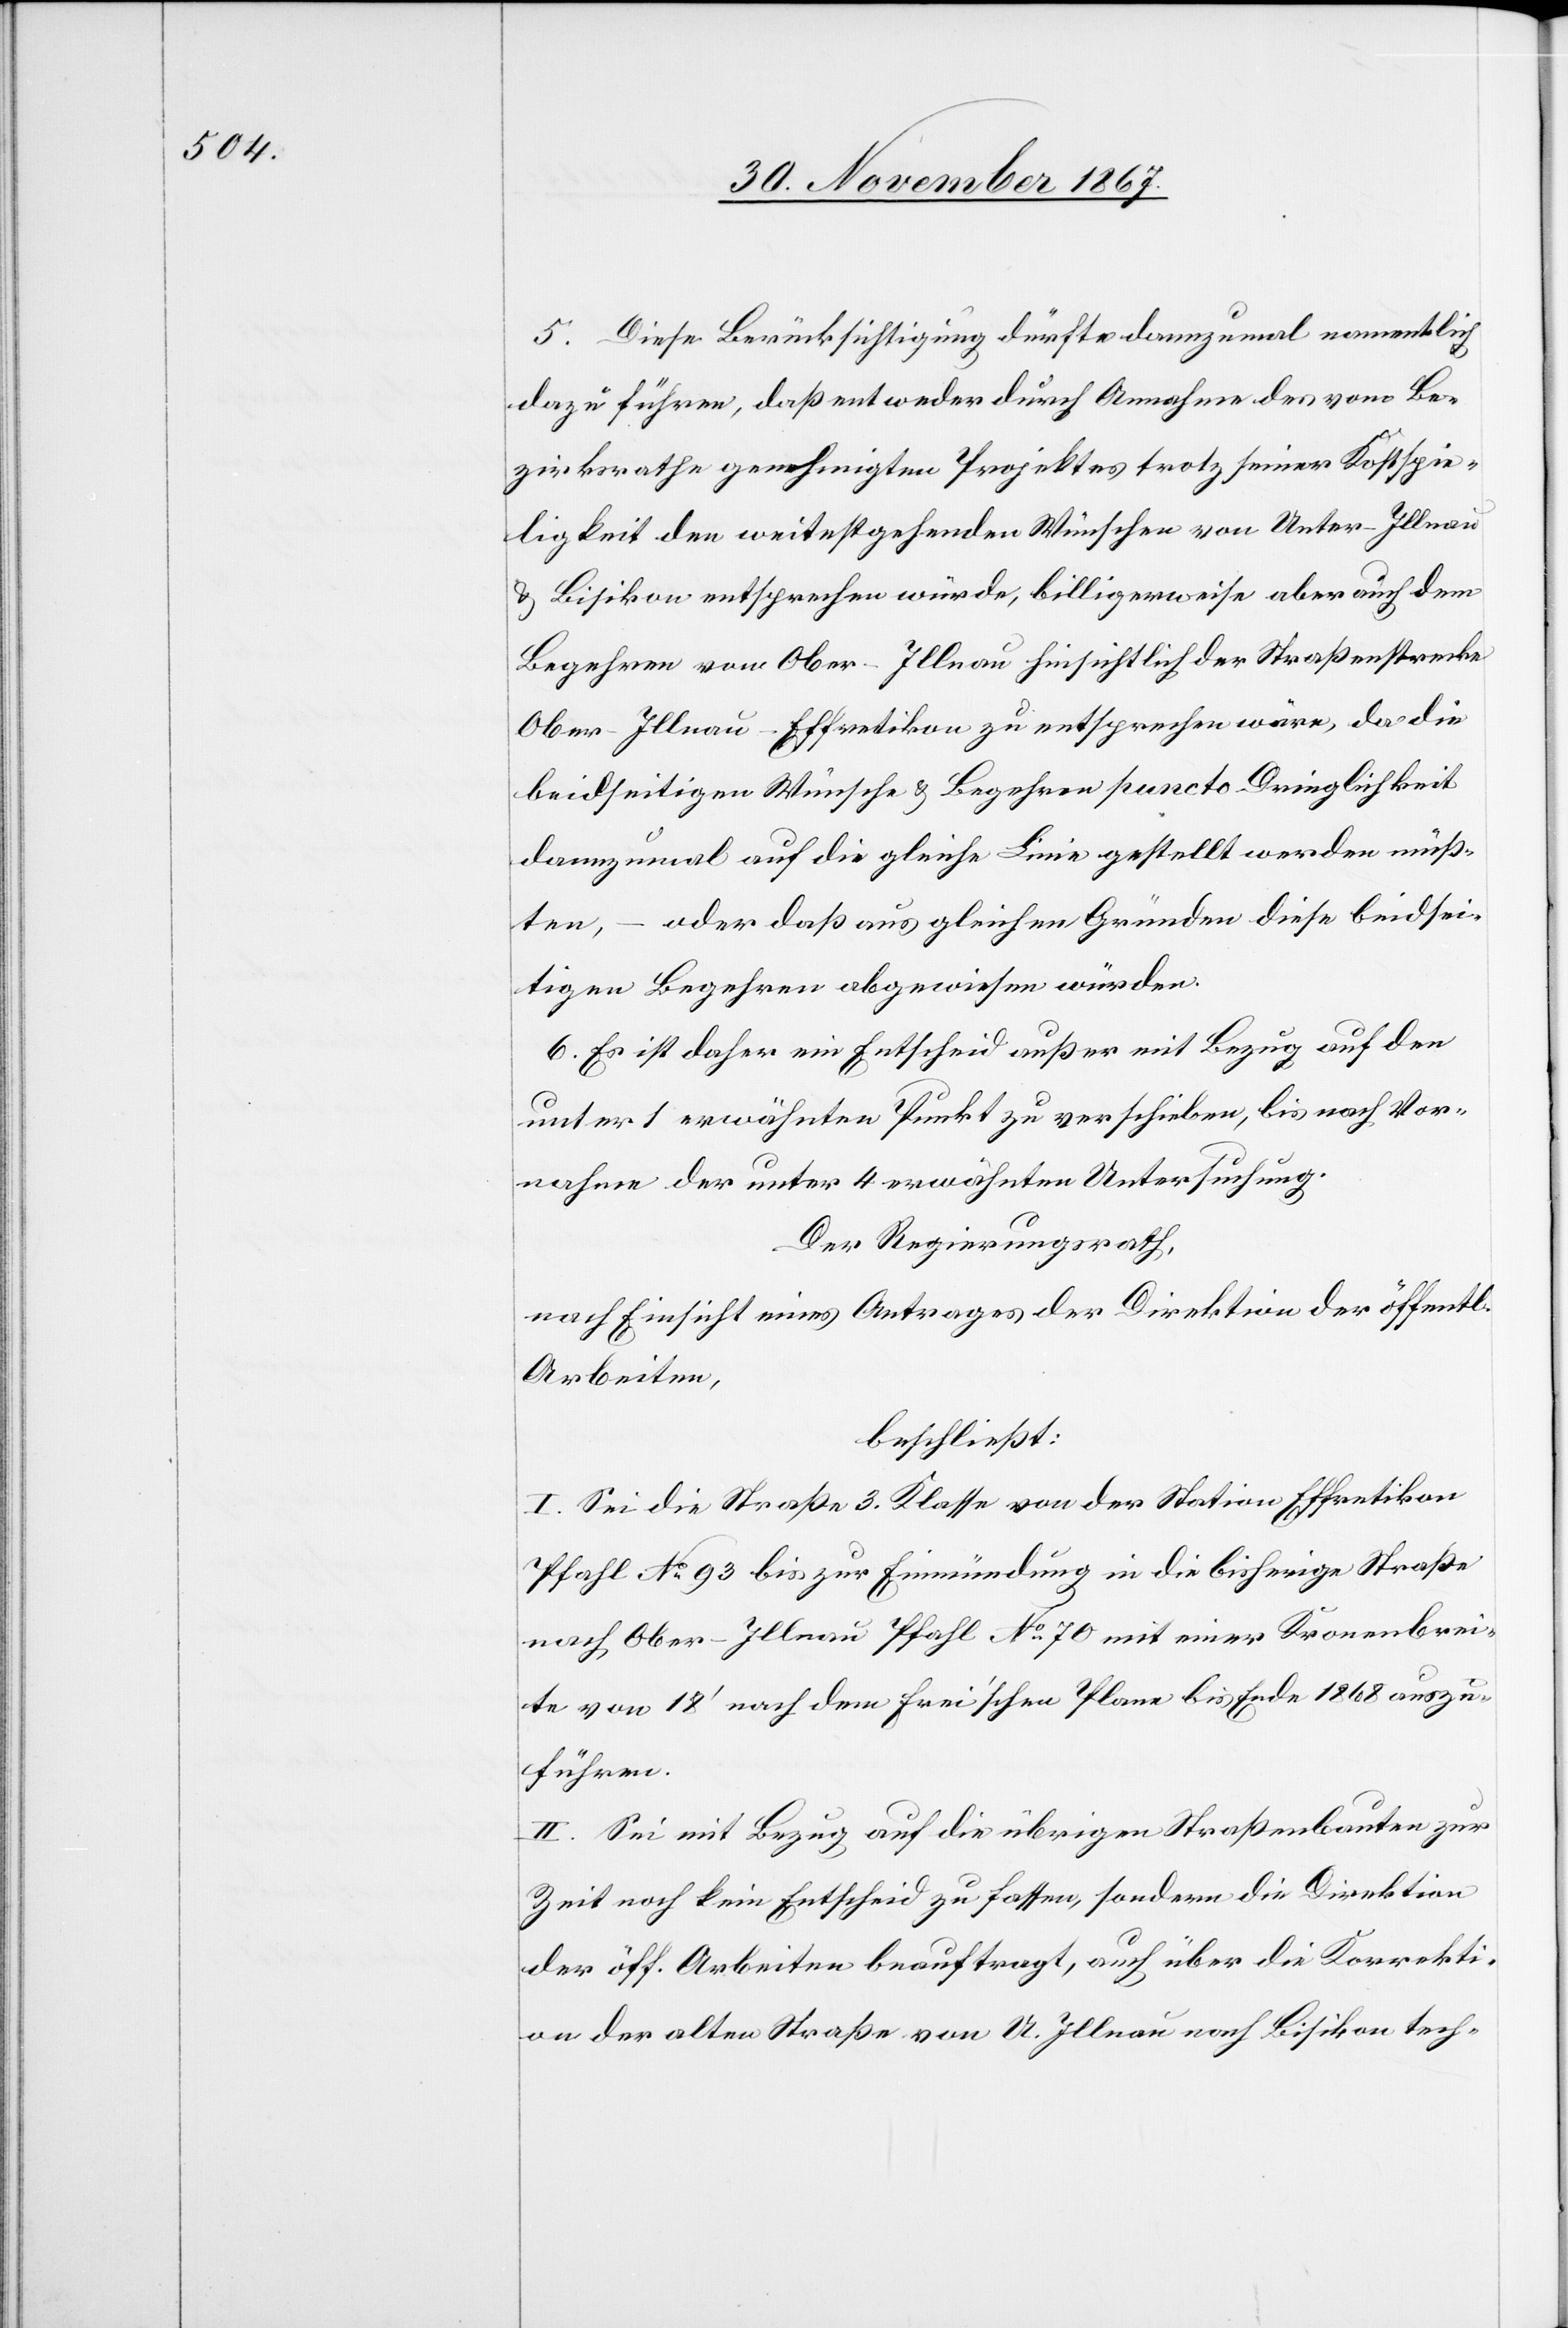
5. Diese Berücksichtigung dürfte dannzumal namentlich
dazu führen, daß entweder durch Annahme des vom Be¬
zirksrathe genehmigten Projektes trotz seiner Kostspie¬
ligkeit den weitestgehenden Wünschen von Unter-Illnau
u. Bisikon entsprechen würde, billigerweise aber auch dem
Begehren von Ober-Illnau hinsichtlich der Straßenstrecke
Ober-Illnau–Effretikon zu entsprechen wäre, da die
beidseitigen Wünsche u. Begehren puncto Dringlichkeit
dannzumal auf die gleiche Linie gestellt werden müß¬
ten, – oder daß aus gleichen Gründen diese beidsei¬
tigen Begehren abgewiesen würden.
6. Es ist daher ein Entscheid außer mit Bezug auf den
unter 1 erwähnten Punkt zu verschieben, bis nach Vor¬
nahme der unter 4 erwähnten Untersuchung.
Der Regierungsrath,
nach Einsicht eines Antrages der Direktion der öff.
Arbeiten,
beschließt:
I. Sei die Straße 3. Klasse von der Station Effretikon
Pfahl No. 93 bis zur Einmündung in die bisherige Straße
nach Ober-Illnau Pfahl No. 70 mit einer Kronenbrei¬
te von 18‘ nach dem Frei’schen Plane bis Ende 1868 auszu¬
führen.
II. Sei mit Bezug auf die übrigen Straßenbauten zur
Zeit noch kein Entscheid zu fassen, sondern die Direktion
der öff. Arbeiten beauftragt, auch über die Korrekti¬
on der alten Straße von O. Illnau nach Bisikon tech-